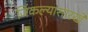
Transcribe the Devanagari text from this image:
जिंकल्यासारखे